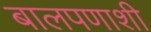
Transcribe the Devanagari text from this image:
बालपणाशी